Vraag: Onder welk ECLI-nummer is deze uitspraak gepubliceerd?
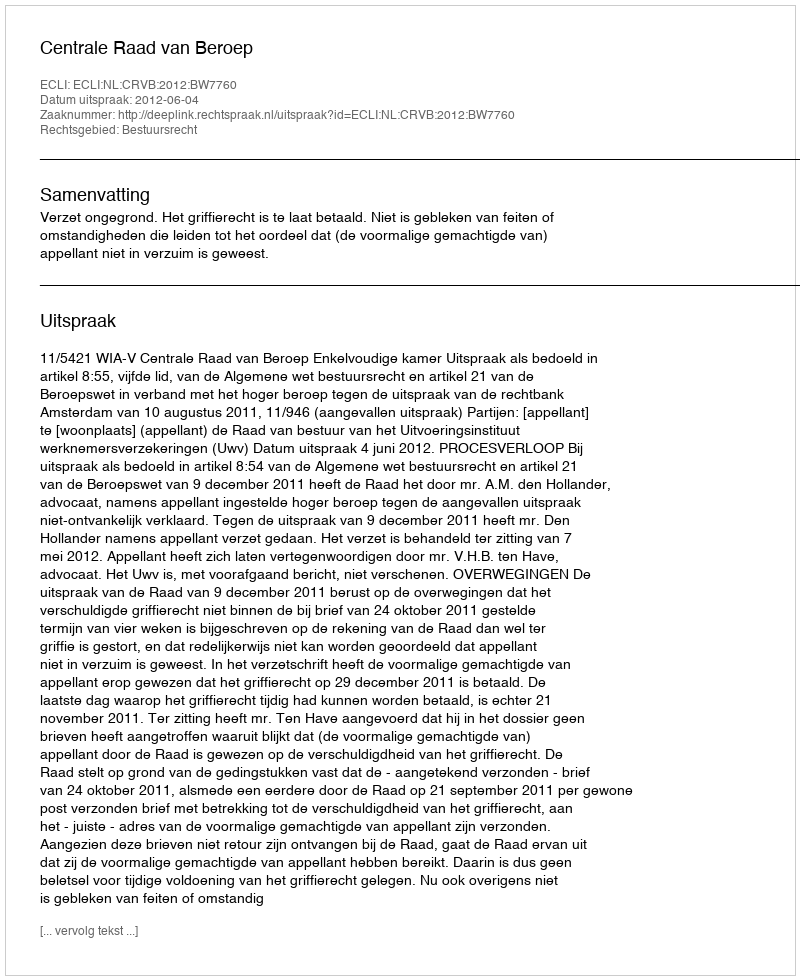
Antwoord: ECLI:NL:CRVB:2012:BW7760